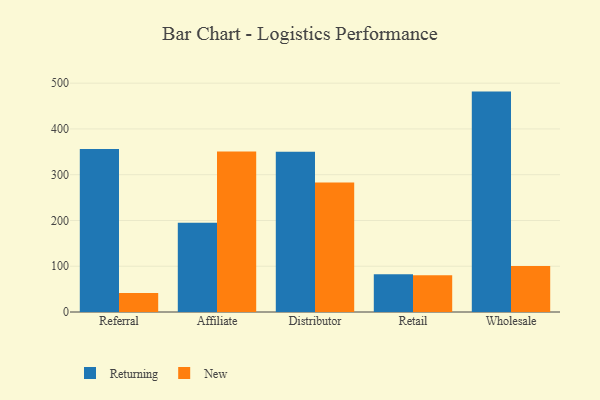
{"axis": {"x": "Channel", "y": "Customer Acquisition Cost (USD)"}, "legend": ["New", "Returning"], "data": [{"x": "Referral", "y": 356.0, "type": "Returning"}, {"x": "Referral", "y": 41.7, "type": "New"}, {"x": "Affiliate", "y": 195.1, "type": "Returning"}, {"x": "Affiliate", "y": 350.9, "type": "New"}, {"x": "Distributor", "y": 350.4, "type": "Returning"}, {"x": "Distributor", "y": 283.0, "type": "New"}, {"x": "Retail", "y": 82.4, "type": "Returning"}, {"x": "Retail", "y": 80.1, "type": "New"}, {"x": "Wholesale", "y": 481.6, "type": "Returning"}, {"x": "Wholesale", "y": 100.3, "type": "New"}]}